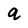
Character: q